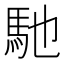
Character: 馳